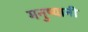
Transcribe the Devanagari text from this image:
मनुष्यानी